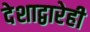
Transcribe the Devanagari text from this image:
देशाद्वारेही